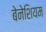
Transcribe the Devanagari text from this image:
बेनेशियम